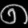
Digit: ၈